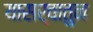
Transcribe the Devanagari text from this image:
यासर्वातुन